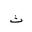
Letter: _tha